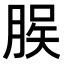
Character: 𫞆